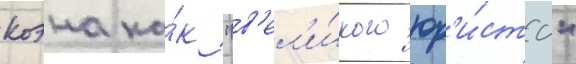
коэна ка́к "в'ел'и́кого юр'и́ста"